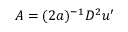
A = ( 2 a ) ^ { - 1 } D ^ { 2 } u ^ { \prime }